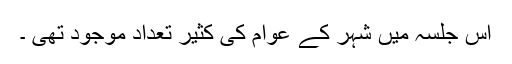
اس جلسہ میں شہر کے عوام کی کثیر تعداد موجود تھی ۔